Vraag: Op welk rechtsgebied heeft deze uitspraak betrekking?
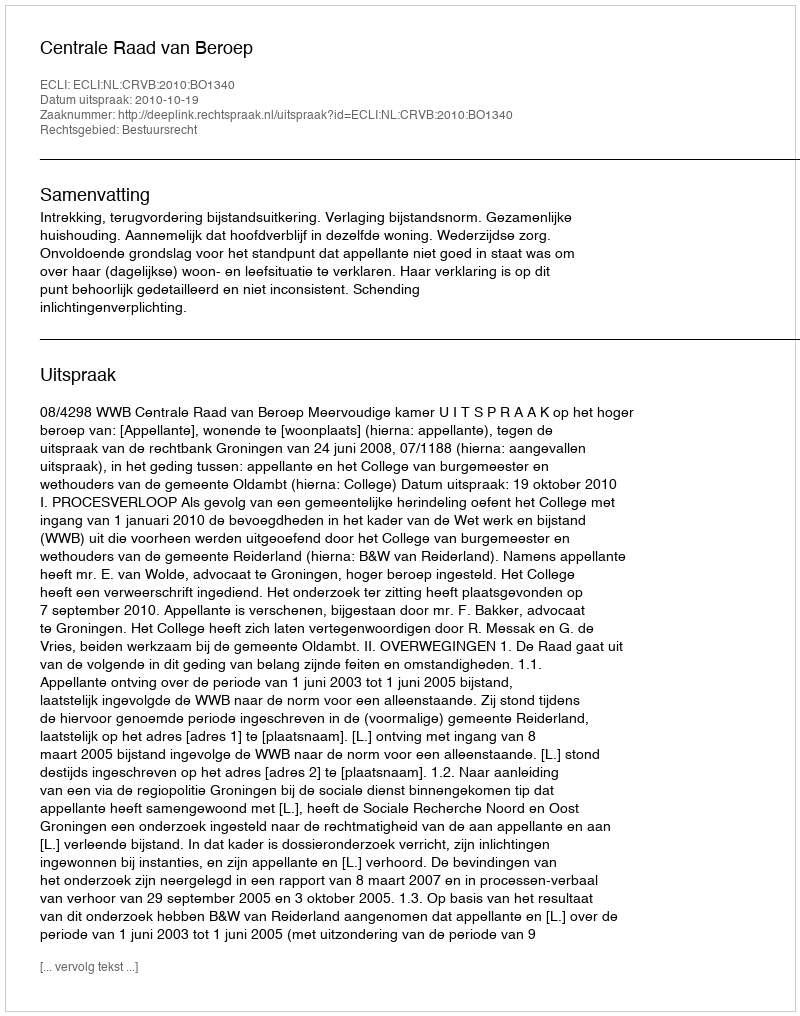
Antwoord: Bestuursrecht